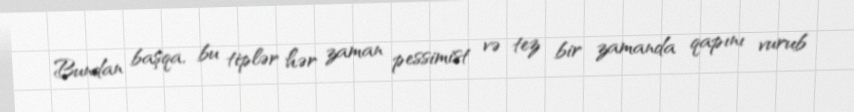
Bundan başqa, bu tiplər hər zaman pessimist və tez bir zamanda qapını vurub